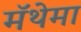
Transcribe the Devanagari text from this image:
मॅथेमा